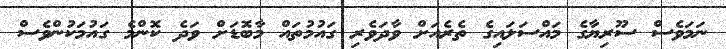
ނަމަވެސް ސޫރިޔާގެ މައްސަލައިގެ ތެރެއަށް ވާދަވެރި ގައުމުތައް މާބޮޑަށް ވަދެ ކޮންމެ ގައުމަކުންވެސް